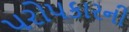
પરોપકારની